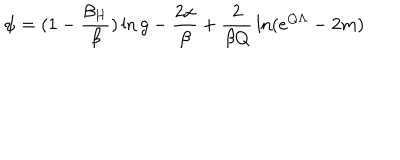
\psi = ( 1 - { \frac { \beta _ { H } } { \beta } } ) \ln g - { \frac { 2 x } { \beta } } + { \frac { 2 } { \beta Q } } \ln ( e ^ { Q \Lambda } - 2 m )